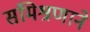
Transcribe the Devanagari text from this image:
संमिश्रणाने